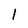
Character: 1